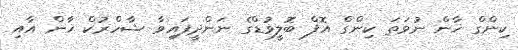
ކިންގް ޚާން ނުވަތަ ކިންގް އޮފް ބޮލީވުޑްގެ ނަންދީފައިވާ ޝާހްރުކް ޚާން އާއި